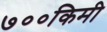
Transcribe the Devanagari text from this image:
७००किमी